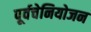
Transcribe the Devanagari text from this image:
पूर्वचेनियोजन